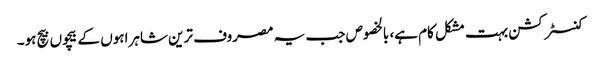
کنسٹرکشن بہت مشکل کام ہے، بالخصوص جب یہ مصروف ترین شاہراہوں کے بیچوں بیچ ہو۔